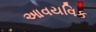
આવયવિક